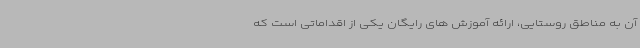
آن به مناطق روستایی، ارائه آموزش های رایگان یکی از اقداماتی است که